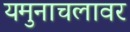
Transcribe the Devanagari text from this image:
यमुनाचलावर